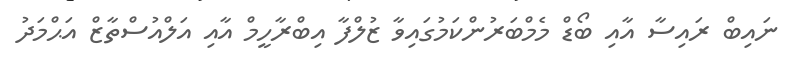
ނައިބް ރައިސާ އާއި ބޯޑް މެމްބަރުންކަމުގައިވާ ޒުލްފާ އިބްރާހީމް އާއި އަލްއުސްތާޒް އަޙްމަދު